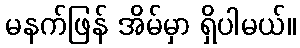
မနက်ဖြန် အိမ်မှာ ရှိပါမယ်။